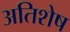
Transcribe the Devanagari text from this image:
अतिशेष